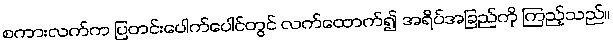
စကားလက်က ပြတင်းပေါက်ပေါင်တွင် လက်ထောက်၍ အရိပ်အခြည်ကို ကြည့်သည်။